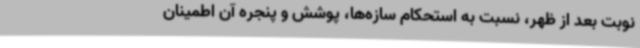
نوبت بعد از ظهر، نسبت به استحکام سازه‌ها، پوشش و پنجره آن اطمینان